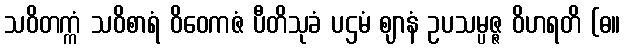
သဝိတက္ကံ သဝိစာရံ ဝိဝေကဇံ ပီတိသုခံ ပဌမံ ဈာနံ ဥပသမ္ပဇ္ဇ ဝိဟရတိ (ဓ။